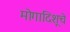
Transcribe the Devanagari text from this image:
मोगादिशूचे